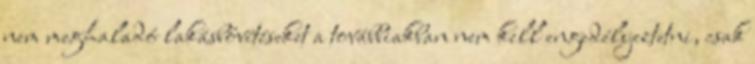
nem meghaladó lakásbővítéseket a továbbiakban nem kell engedélyeztetni, csak